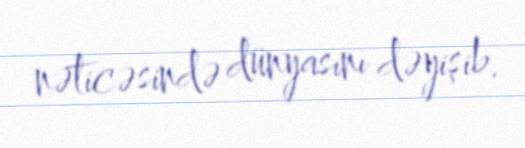
nəticəsində dünyasını dəyişib.